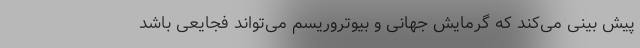
پیش بینی می‌کند که گرمایش جهانی و بیوتروریسم می‌تواند فجایعی باشد